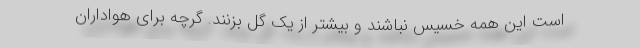
است این همه خسیس نباشند و بیشتر از یک گل بزنند. گرچه برای هواداران